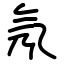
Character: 氖